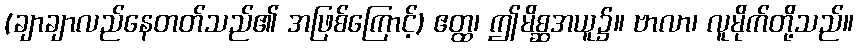
(ချာချာလည်နေတတ်သည်၏ အဖြစ်ကြောင့်) ဧတ္ထ၊ ဤမိစ္ဆအယူ၌။ ဗာလာ၊ လူမိုက်တို့သည်။